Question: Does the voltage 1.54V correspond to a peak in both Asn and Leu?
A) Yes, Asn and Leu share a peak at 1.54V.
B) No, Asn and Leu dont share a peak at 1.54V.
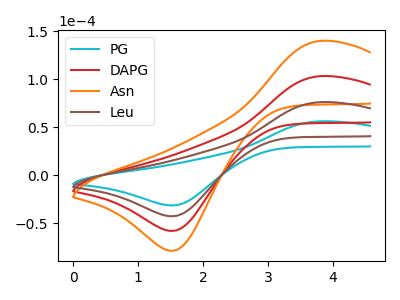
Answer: <think>The cyan curve "PG" has an anodic peak at (3.85V, 56.05uA) and a cathodic peak at (1.55V, -31.55uA). The red curve "DAPG" has an anodic peak at (3.85V, 152.05uA) and a cathodic peak at (1.55V, -85.60uA). The orange curve "Asn" has an anodic peak at (3.85V, 228.05uA) and a cathodic peak at (1.55V, -128.35uA). The brown curve "Leu" has an anodic peak at (3.85V, 76.00uA) and a cathodic peak at (1.55V, -42.80uA).</think>
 <answer>A) Yes, "Asn" and "Leu" share a peak at 1.54V.</answer>
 <eval>A</eval>